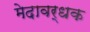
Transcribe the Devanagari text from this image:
मेदावर्धक